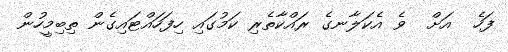
ފަހެ  އަށް  ވެ އެކަލާނގެ ރައްކާތެރި ކަމުގައި ހިފަހައްޓައިގެން ތިބިމީހުން